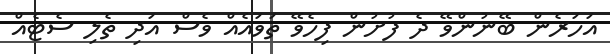
އަހަރެން ބޭނުންވޭ ދެ ފުށުން ފިހެވޭ ތަވައެއް ވެސް އަދި ތެލި ސެޓެއް